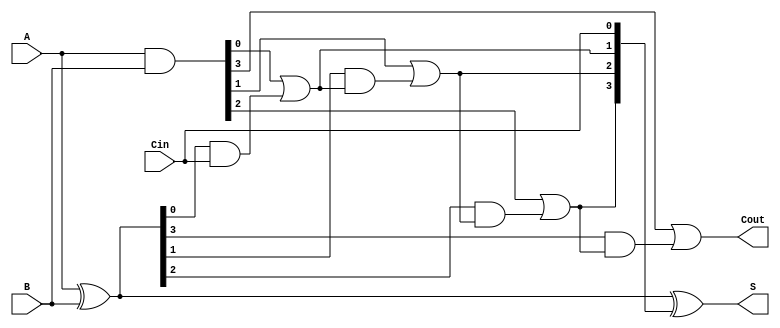
module CILA #(parameter n = 4) (
    input  [n-1:0] A,    // n-bit input A
    input  [n-1:0] B,    // n-bit input B
    input          Cin,   // Carry-in
    output [n-1:0] S,     // n-bit sum output
    output         Cout    // Carry-out
);

    wire [n-1:0] G; // Generate signals
    wire [n-1:0] P; // Propagate signals
    wire [n:0] C;   // Carry signals

    // Generate and Propagate logic
    assign G = A & B;            // Generate: G[i] = A[i] AND B[i]
    assign P = A ^ B;            // Propagate: P[i] = A[i] XOR B[i]

    // Carry signals calculation
    assign C[0] = Cin;           // C[0] = Cin
    genvar i;
    generate
        for (i = 0; i < n; i = i + 1) begin: carry_calc
            if (i == 0) begin
                assign C[i + 1] = G[i] | (P[i] & C[i]);
            end else begin
                assign C[i + 1] = G[i] | (P[i] & C[i]);
            end
        end
    endgenerate

    // Sum calculation
    assign S = P ^ C[n-1:0];     // S[i] = P[i] XOR C[i]

    // Carry-out
    assign Cout = C[n];          // Carry-out: Cout = C[n]

endmodule